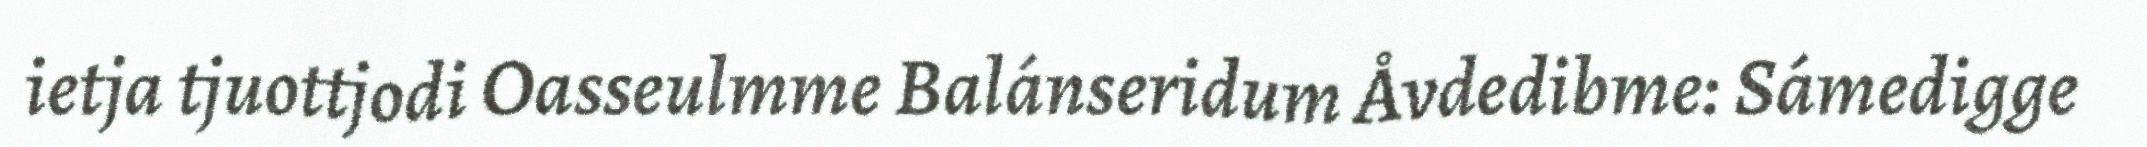
ietja tjuottjodi Oasseulmme Balánseridum Åvdedibme: Sámedigge